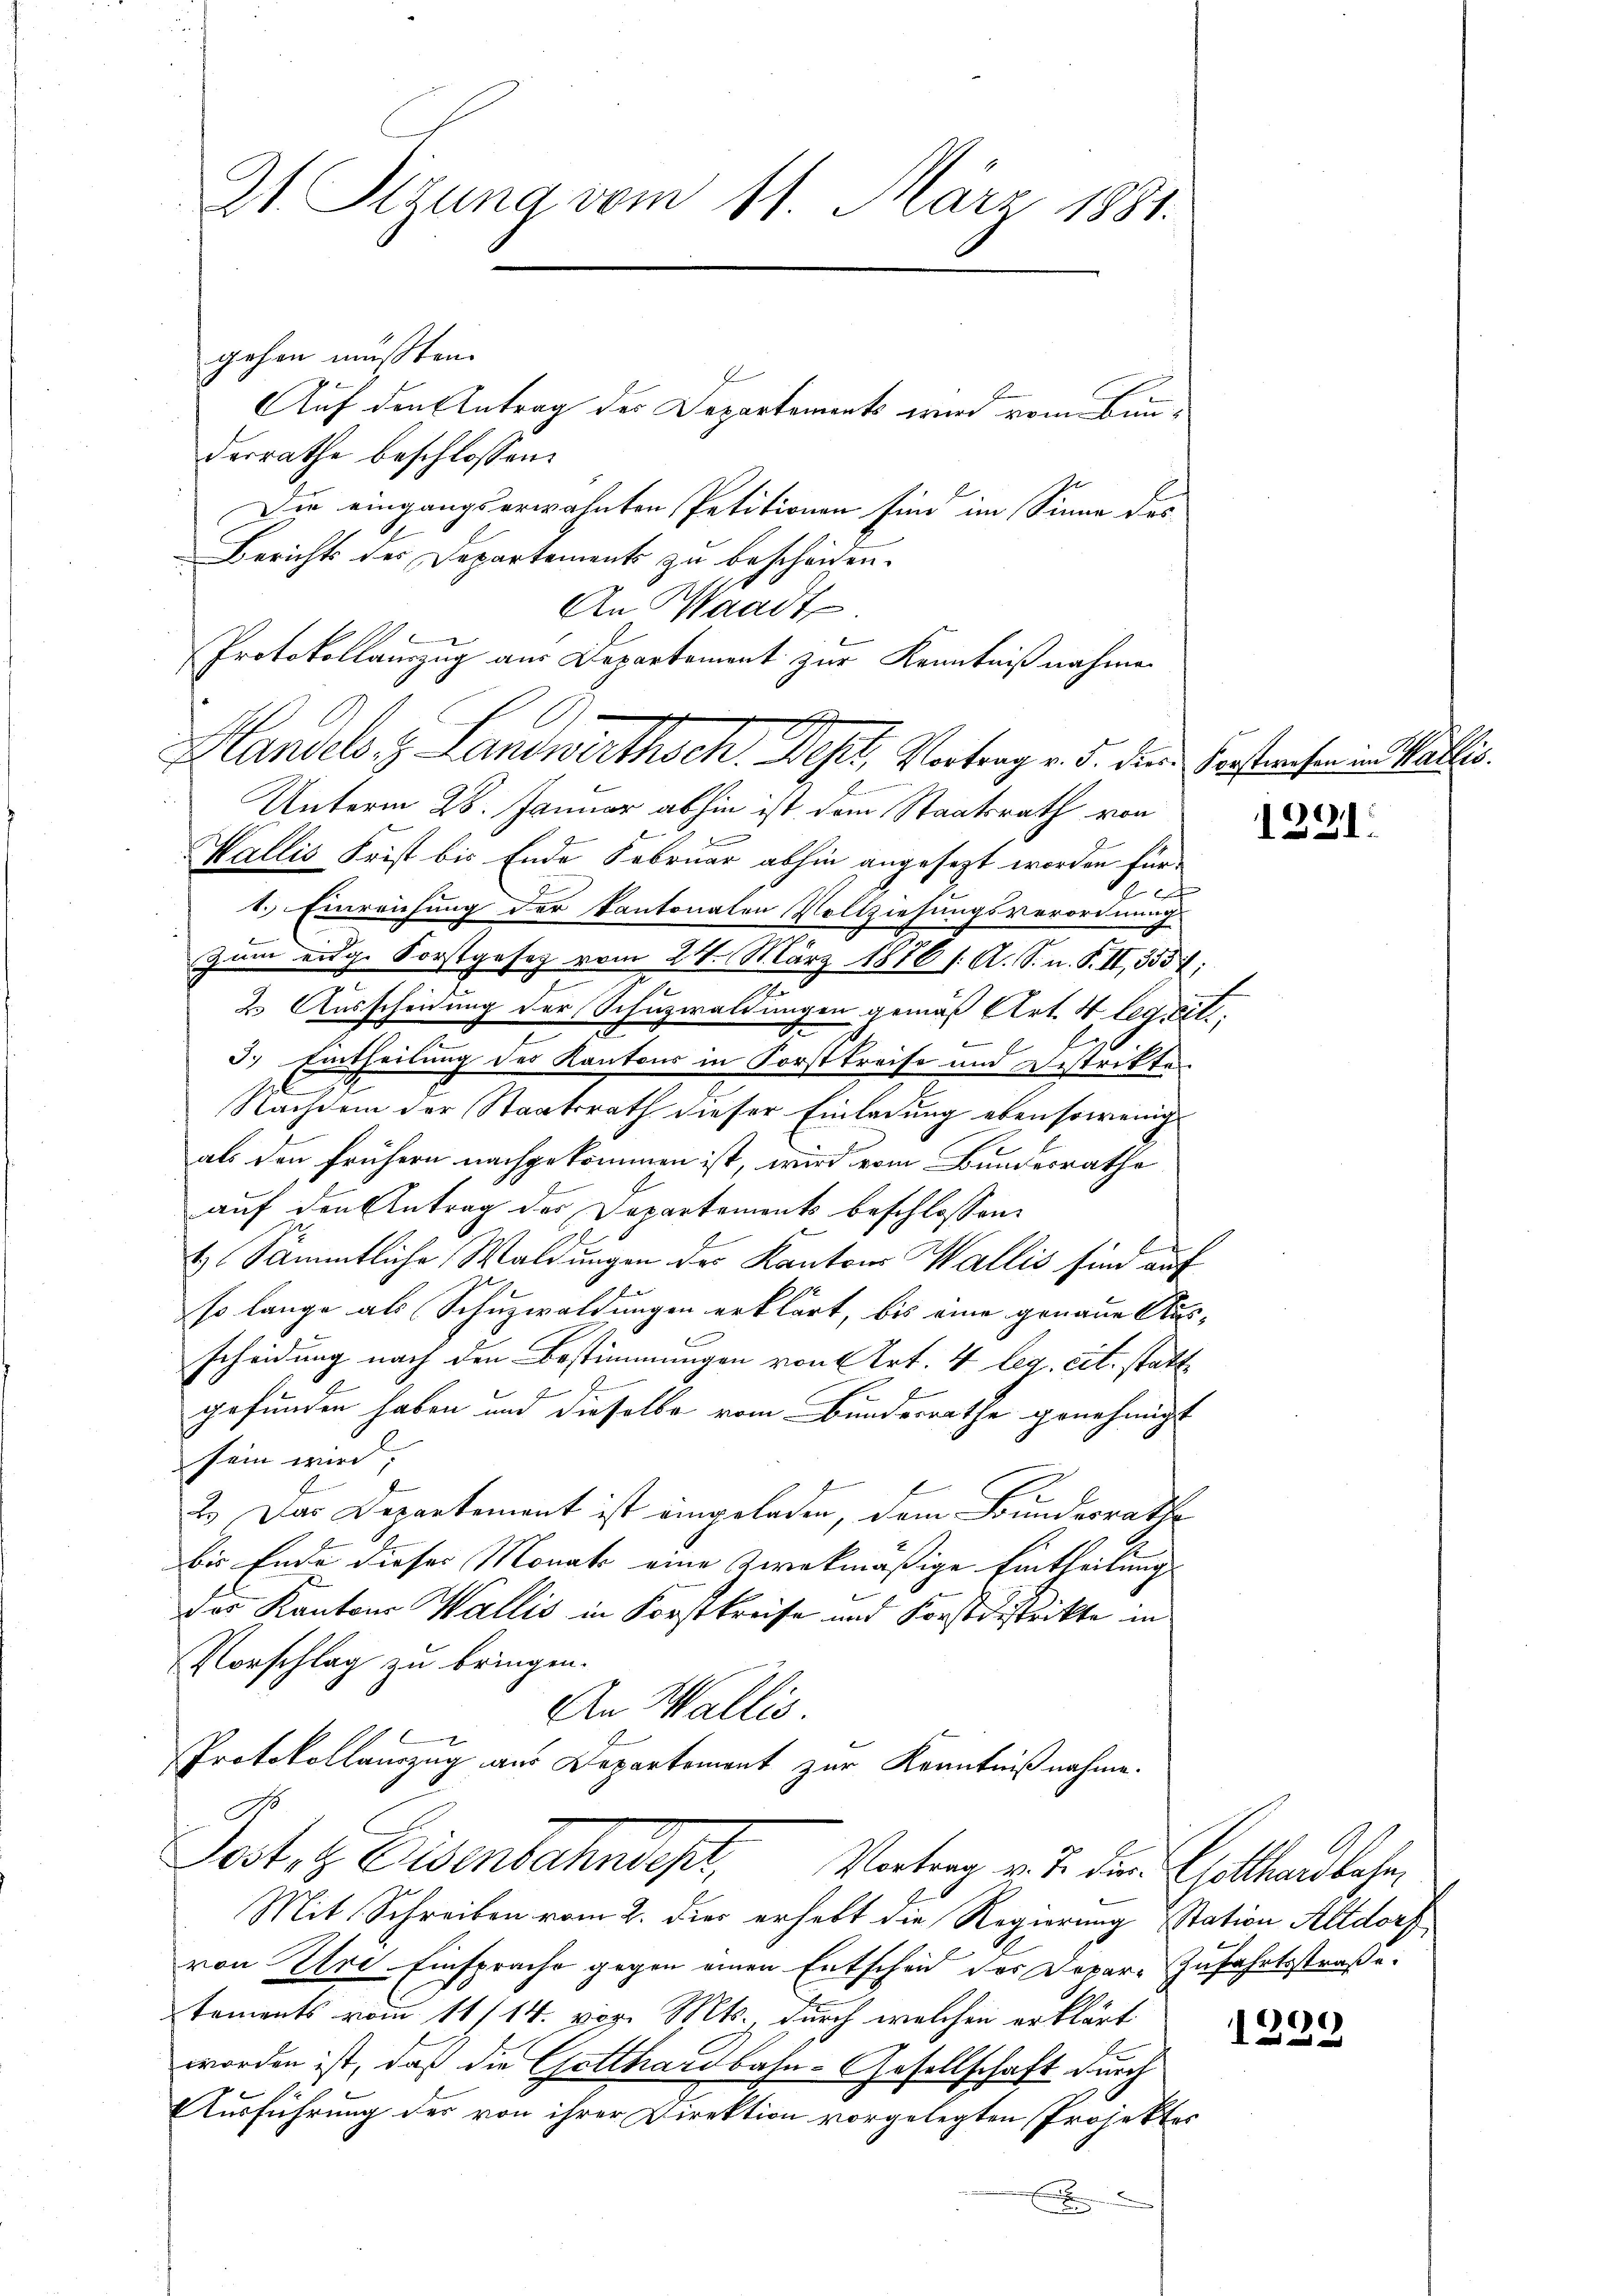
21. Segung vom 11. März 1881.

gehen mußten.
Auf den Antrag des Departements wird vom Bau-
derrathe beschlossen:
Die eingangserwähnten Petitionen sind im Sinne des
Berichts des Departements zu bescheiden.
An Waadt
Unterm 28. Januar abhin ist dem Staatsrath von
Wallis Frist bis Ende Februar abhin angesezt worden für
f x
1.) Einreichung der Kantonalen Vollziehungsverordnung
Zum eidg. Forstgesetz vom 24. März 1876 s. A. S. n. F. II, 353;
2. Ausscheidung der Schuzwaldungen gemäß Art. 4 legt;
l
3.) Eintheilung des Kantons in Forstkreise und Destriktes
Nachdem der Staatsrath dieser Einladung ebensowenig
als den frühern nachgekommen ist, wird vom Bundesrathe
auf den Antrag des Departements beschlossen:
E
2.) Sämmtliche Waldungen des Kantons Wallis sind auf
so lange als Schuzwaldungen erklärt, bis eine genaue Aus-
scheidung nach den Bestimmungen von Art. 4 leg. cit. statt¬
2
gefunden haben und dieselbe vom Bundesrathe genehmigt
sein wird;
2.) Das Departement ist eingeladen, dem Bundesrathe
bis Ende dieser Monats eine zwekmäßige Eintheilung
des Kantons Wallis in Forstkreise und Forstdistrikte in
Vorschlag zu bringen.
An Wallis.
9
Protokollauszug aus Departement zur Kenntnißnahme.
s
Sostolz Eisenbahndept, Vortrag v. J. dem Gotthardbahn
Mit Schreiben vom 2. dies erhebt die Regierung Station Altdorf
von Ure-Einsprache gegen einen Entscheid des Dopar- Zufahrtsstraße.
tements vom 11/14. vor. Mts., durch welchen erklärt
worden ist, daß die Gotthardbahn-Gesellschaft durch
Ausführung der von ihrer Direktion vorgelegten Projektes

b

Protokollauszug aus Departement zur Kenntnißnahmen
A
2
Handels. Landwirthsch. Deser, Vortrag v. 5. den Verstrahen in Wallis.

.
131.

6
122